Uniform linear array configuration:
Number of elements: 48
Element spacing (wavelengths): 1
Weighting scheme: exponential
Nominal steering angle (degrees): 15
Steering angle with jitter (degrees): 15.89
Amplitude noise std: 0.05
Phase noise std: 0.05

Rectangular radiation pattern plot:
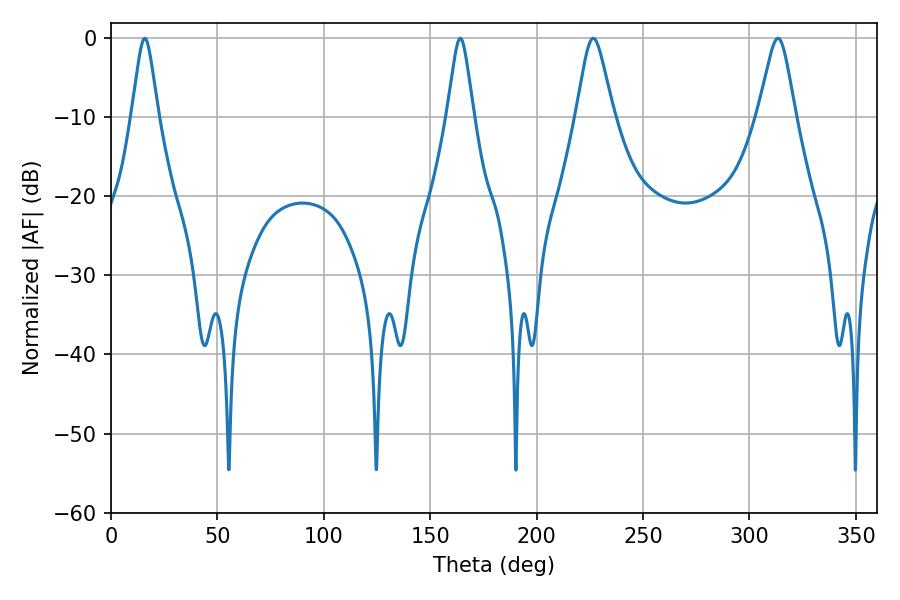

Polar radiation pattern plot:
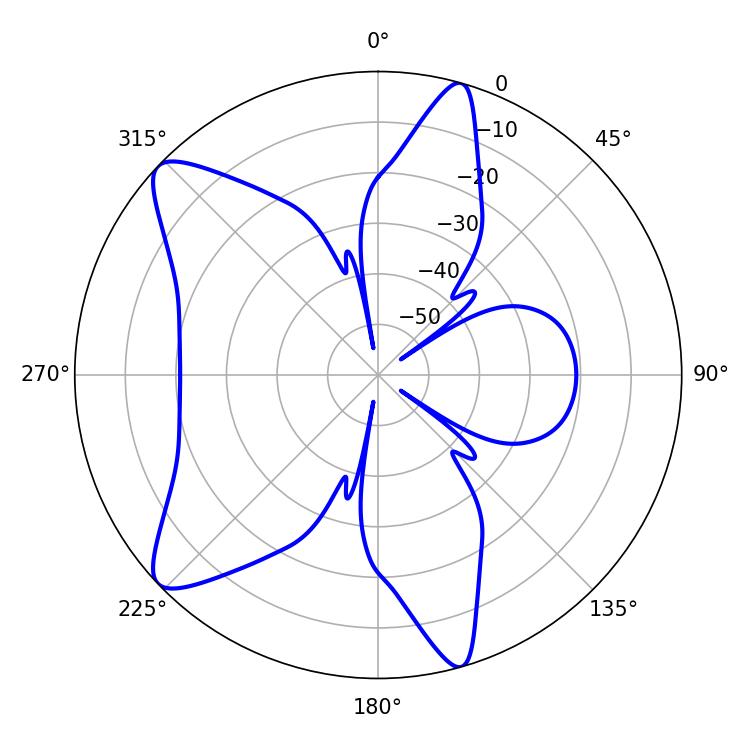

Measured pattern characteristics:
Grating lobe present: TRUE
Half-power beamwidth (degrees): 8.28
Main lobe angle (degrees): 226.62